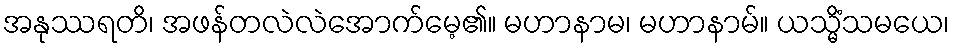
အနုဿရတိ၊ အဖန်တလဲလဲအောက်မေ့၏။ မဟာနာမ၊ မဟာနာမ်။ ယသ္မိံသမယေ၊